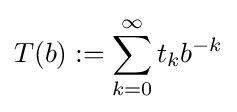
T(b):=\sum _{k=0}^{\infty }t_{k}b^{-k}